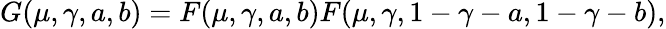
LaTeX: G(\mu,\gamma,a,b)=F(\mu,\gamma,a,b)F(\mu,\gamma,1-\gamma-a,1-\gamma-b),